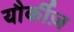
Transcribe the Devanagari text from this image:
यौर्कीज़